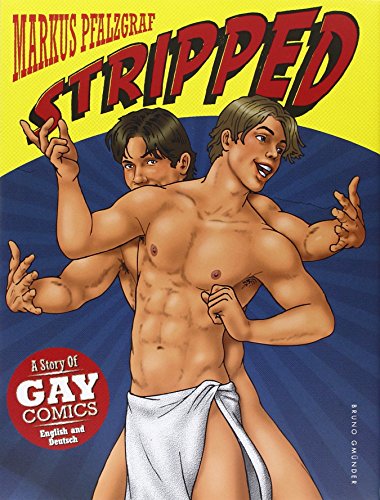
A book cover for Stripped; Markus Pfalzgraf; Comics & Graphic Novels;